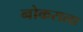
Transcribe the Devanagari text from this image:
नोकराला